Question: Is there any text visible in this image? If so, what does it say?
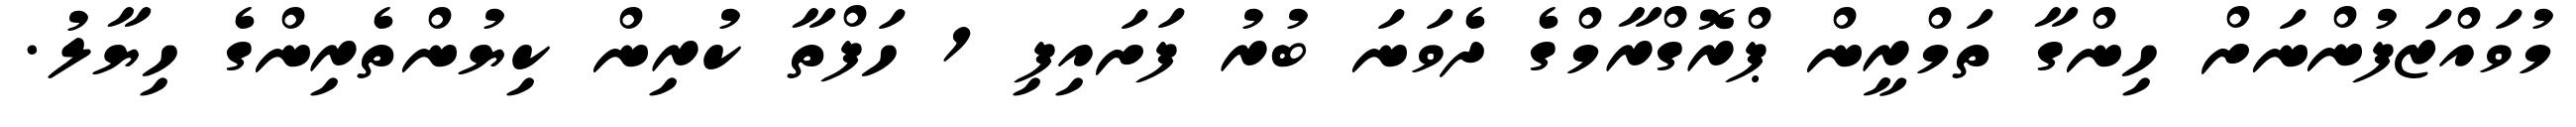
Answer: މުވައްޒަފުންނަށް ހިންގާ ތަމްރީން ޕްރޮގްރާމްގެ ދެވަނަ ބުރު ފަށައިފި 1 ހަފްތާ ކުރިން ކިޔުންތެރިންގެ ހިޔާލު.